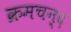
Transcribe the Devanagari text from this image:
क्रमचन्द